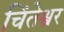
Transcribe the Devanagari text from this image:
चिंतेश्वर